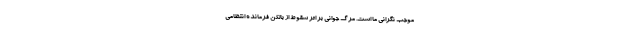
موجب نگرانی ما است. مرگ جوانی بر اثر سقوط از بالکن فرمانده انتظامی